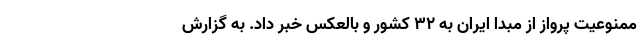
ممنوعیت پرواز از مبدا ایران به ۳۲ کشور و بالعکس خبر داد. به گزارش